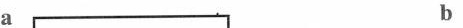
a b